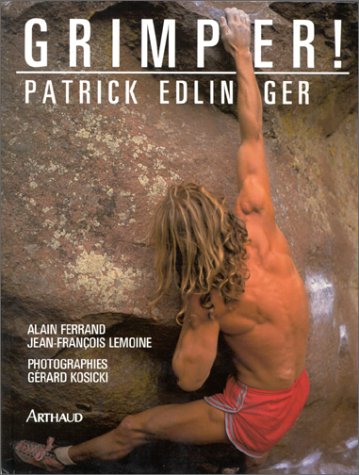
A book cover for Grimper!: Pratique et plaisir de l'escalade (French Edition); Patrick Edlinger; Sports & Outdoors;